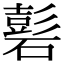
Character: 𥕽